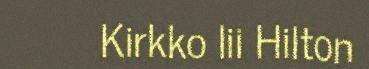
Kirkko lii Hilton